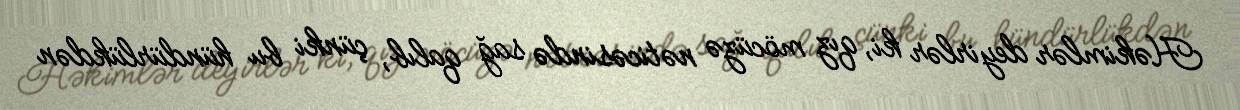
Həkimlər deyirlər ki, qız möcüzə nəticəsində sağ qalıb, çünki bu hündürlükdən